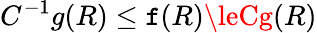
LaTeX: C^{-1}g(R)\le\mathtt{f}(R)\leCg(R)